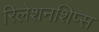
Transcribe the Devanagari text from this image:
रिलेशनशिप्स